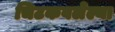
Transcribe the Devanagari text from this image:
चिटकवलेल्या